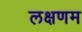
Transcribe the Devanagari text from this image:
लक्षणम